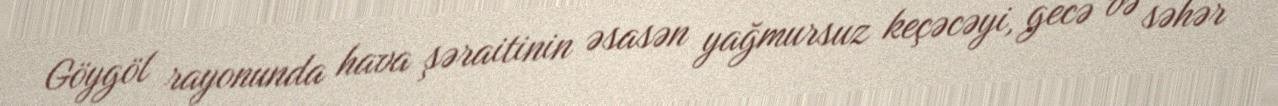
Göygöl rayonunda hava şəraitinin əsasən yağmursuz keçəcəyi, gecə və səhər